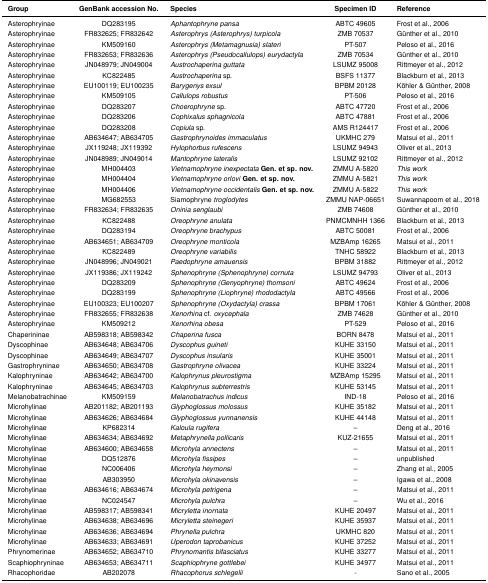
<table><thead><tr><td><b>Group</b></td><td><b>GenBank accession No.</b></td><td><b>Species</b></td><td><b>Specimen ID</b></td><td><b>Reference</b></td></tr></thead><tbody><tr><td>Asterophryinae</td><td>DQ283195</td><td><i>Aphantophryne pansa</i></td><td>ABTC 49605</td><td>Frost et al., 2006</td></tr><tr><td>Asterophryinae</td><td>FR832625; FR832642</td><td><i>Asterophrys (Asterophrys) turpicola</i></td><td>ZMB 70537</td><td>Günther et al., 2010</td></tr><tr><td>Asterophryinae</td><td>KM509160</td><td><i>Asterophrys (Metamagnusia) slateri</i></td><td>PT-507</td><td>Peloso et al., 2016</td></tr><tr><td>Asterophryinae</td><td>FR832653; FR832636</td><td><i>Asterophrys (Pseudocallulops) eurydactyla</i></td><td>ZMB 70534</td><td>Günther et al., 2010</td></tr><tr><td>Asterophryinae</td><td>JN048979; JN049004</td><td><i>Austrochaperina guttata</i></td><td>LSUMZ 95008</td><td>Rittmeyer et al., 2012</td></tr><tr><td>Asterophryinae</td><td>KC822485</td><td><i>Austrochaperina</i> sp.</td><td>BSFS 11377</td><td>Blackburn et al., 2013</td></tr><tr><td>Asterophryinae</td><td>EU100119; EU100235</td><td><i>Barygenys exsul</i></td><td>BPBM 20128</td><td>Köhler &amp; Günther, 2008</td></tr><tr><td>Asterophryinae</td><td>KM509105</td><td><i>Callulops robustus</i></td><td>PT-506</td><td>Peloso et al., 2016</td></tr><tr><td>Asterophryinae</td><td>DQ283207</td><td><i>Choerophryne</i> sp.</td><td>ABTC 47720</td><td>Frost et al., 2006</td></tr><tr><td>Asterophryinae</td><td>DQ283206</td><td><i>Cophixalus sphagnicola</i></td><td>ABTC 47881</td><td>Frost et al., 2006</td></tr><tr><td>Asterophryinae</td><td>DQ283208</td><td><i>Copiula</i> sp.</td><td>AMS R124417</td><td>Frost et al., 2006</td></tr><tr><td>Asterophryinae</td><td>AB634647; AB634705</td><td><i>Gastrophrynoides immaculatus</i></td><td>UKMHC 279</td><td>Matsui et al., 2011</td></tr><tr><td>Asterophryinae</td><td>JX119248; JX119392</td><td><i>Hylophorbus rufescens</i></td><td>LSUMZ 94943</td><td>Oliver et al., 2013</td></tr><tr><td>Asterophryinae</td><td>JN048989; JN049014</td><td><i>Mantophryne lateralis</i></td><td>LSUMZ 92102</td><td>Rittmeyer et al., 2012</td></tr><tr><td>Asterophryinae</td><td>MH004403</td><td><i>Vietnamophryne inexpectata</i><b>Gen. et sp. nov.</b></td><td>ZMMU A-5820</td><td><i>This work</i></td></tr><tr><td>Asterophryinae</td><td>MH004404</td><td><i>Vietnamophryne orlovi</i><b>Gen. et sp. nov.</b></td><td>ZMMU A-5821</td><td><i>This work</i></td></tr><tr><td>Asterophryinae</td><td>MH004406</td><td><i>Vietnamophryne occidentalis</i><b>Gen. et sp. nov.</b></td><td>ZMMU A-5822</td><td><i>This work</i></td></tr><tr><td>Asterophryinae</td><td>MG682553</td><td>Siamophryne<i>troglodytes</i></td><td>ZMMU NAP-06651</td><td>Suwannapoom et al., 2018</td></tr><tr><td>Asterophryinae</td><td>FR832634; FR832635</td><td><i>Oninia senglaubi</i></td><td>ZMB 74608</td><td>Günther et al., 2010</td></tr><tr><td>Asterophryinae</td><td>KC822488</td><td><i>Oreophryne anulata</i></td><td>PNMCMNHH 1366</td><td>Blackburn et al., 2013</td></tr><tr><td>Asterophryinae</td><td>DQ283194</td><td><i>Oreophryne brachypus</i></td><td>ABTC 50081</td><td>Frost et al., 2006</td></tr><tr><td>Asterophryinae</td><td>AB634651; AB634709</td><td><i>Oreophryne monticola</i></td><td>MZBAmp 16265</td><td>Matsui et al., 2011</td></tr><tr><td>Asterophryinae</td><td>KC822489</td><td><i>Oreophryne variabilis</i></td><td>TNHC 58922</td><td>Blackburn et al., 2013</td></tr><tr><td>Asterophryinae</td><td>JN048996; JN049021</td><td><i>Paedophryne amauensis</i></td><td>BPBM 31882</td><td>Rittmeyer et al., 2012</td></tr><tr><td>Asterophryinae</td><td>JX119386; JX119242</td><td><i>Sphenophryne (Sphenophryne) cornuta</i></td><td>LSUMZ 94793</td><td>Oliver et al., 2013</td></tr><tr><td>Asterophryinae</td><td>DQ283209</td><td><i>Sphenophryne (Genyophryne) thomsoni</i></td><td>ABTC 49624</td><td>Frost et al., 2006</td></tr><tr><td>Asterophryinae</td><td>DQ283199</td><td><i>Sphenophryne (Liophryne) rhododactyla</i></td><td>ABTC 49566</td><td>Frost et al., 2006</td></tr><tr><td>Asterophryinae</td><td>EU100323; EU100207</td><td><i>Sphenophryne (Oxydactyla) crassa</i></td><td>BPBM 17061</td><td>Köhler &amp; Günther, 2008</td></tr><tr><td>Asterophryinae</td><td>FR832655; FR832638</td><td><i>Xenorhina</i> cf. <i>oxycephala</i></td><td>ZMB 74628</td><td>Günther et al., 2010</td></tr><tr><td>Asterophryinae</td><td>KM509212</td><td><i>Xenorhina obesa</i></td><td>PT-529</td><td>Peloso et al., 2016</td></tr><tr><td>Chaperininae</td><td>AB598318; AB598342</td><td><i>Chaperina fusca</i></td><td>BORN 8478</td><td>Matsui et al., 2011</td></tr><tr><td>Dyscophinae</td><td>AB634648; AB634706</td><td><i>Dyscophus guineti</i></td><td>KUHE 33150</td><td>Matsui et al., 2011</td></tr><tr><td>Dyscophinae</td><td>AB634649; AB634707</td><td><i>Dyscophus insularis</i></td><td>KUHE 35001</td><td>Matsui et al., 2011</td></tr><tr><td>Gastrophryninae</td><td>AB634650; AB634708</td><td><i>Gastrophryne olivacea</i></td><td>KUHE 33224</td><td>Matsui et al., 2011</td></tr><tr><td>Kalophryninae</td><td>AB634642; AB634700</td><td><i>Kalophrynus pleurostigma</i></td><td>MZBAmp 15295</td><td>Matsui et al., 2011</td></tr><tr><td>Kalophryninae</td><td>AB634645; AB634703</td><td><i>Kalophrynus subterrestris</i></td><td>KUHE 53145</td><td>Matsui et al., 2011</td></tr><tr><td>Melanobatrachinae</td><td>KM509159</td><td><i>Melanobatrachus indicus</i></td><td>IND-18</td><td>Peloso et al., 2016</td></tr><tr><td>Microhylinae</td><td>AB201182; AB201193</td><td><i>Glyphoglossus molossus</i></td><td>KUHE 35182</td><td>Matsui et al., 2011</td></tr><tr><td>Microhylinae</td><td>AB634626; AB634684</td><td><i>Glyphoglossus yunnanensis</i></td><td>KUHE 44148</td><td>Matsui et al., 2011</td></tr><tr><td>Microhylinae</td><td>KP682314</td><td><i>Kaloula rugifera</i></td><td>–</td><td>Deng et al., 2016</td></tr><tr><td>Microhylinae</td><td>AB634634; AB634692</td><td><i>Metaphrynella pollicaris</i></td><td>KUZ-21655</td><td>Matsui et al., 2011</td></tr><tr><td>Microhylinae</td><td>AB634600; AB634658</td><td><i>Microhyla annectens</i></td><td>–</td><td>Matsui et al., 2011</td></tr><tr><td>Microhylinae</td><td>DQ512876</td><td><i>Microhyla fissipes</i></td><td>–</td><td>unpublished</td></tr><tr><td>Microhylinae</td><td>NC006406</td><td><i>Microhyla heymonsi</i></td><td>–</td><td>Zhang et al., 2005</td></tr><tr><td>Microhylinae</td><td>AB303950</td><td><i>Microhyla okinavensis</i></td><td>–</td><td>Igawa et al., 2008</td></tr><tr><td>Microhylinae</td><td>AB634616; AB634674</td><td><i>Microhyla petrigena</i></td><td>–</td><td>Matsui et al., 2011</td></tr><tr><td>Microhylinae</td><td>NC024547</td><td><i>Microhyla pulchra</i></td><td>–</td><td>Wu et al., 2016</td></tr><tr><td>Microhylinae</td><td>AB598317; AB598341</td><td><i>Micryletta inornata</i></td><td>KUHE 20497</td><td>Matsui et al., 2011</td></tr><tr><td>Microhylinae</td><td>AB634638; AB634696</td><td><i>Micryletta steinegeri</i></td><td>KUHE 35937</td><td>Matsui et al., 2011</td></tr><tr><td>Microhylinae</td><td>AB634636; AB634694</td><td><i>Phrynella pulchra</i></td><td>UKMHC 820</td><td>Matsui et al., 2011</td></tr><tr><td>Microhylinae</td><td>AB634633; AB634691</td><td><i>Uperodon taprobanicus</i></td><td>KUHE 37252</td><td>Matsui et al., 2011</td></tr><tr><td>Phrynomerinae</td><td>AB634652; AB634710</td><td><i>Phrynomantis bifasciatus</i></td><td>KUHE 33277</td><td>Matsui et al., 2011</td></tr><tr><td>Scaphiophryninae</td><td>AB634653; AB634711</td><td><i>Scaphiophryne gottlebei</i></td><td>KUHE 34977</td><td>Matsui et al., 2011</td></tr><tr><td>Rhacophoridae</td><td>AB202078</td><td><i>Rhacophorus schlegelii</i></td><td>-</td><td>Sano et al., 2005</td></tr></tbody></table>